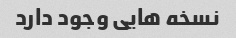
نسخه هایی وجود دارد